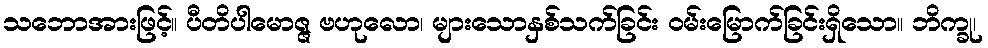
သဘောအားဖြင့်။ ပီတိပါမောဇ္ဇ ဗဟုလော၊ များသောနှစ်သက်ခြင်း ဝမ်းမြောက်ခြင်းရှိသော။ ဘိက္ခု၊